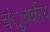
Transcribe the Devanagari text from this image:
चंुबकीय